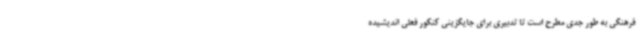
فرهنگی به طور جدی مطرح است تا تدبیری برای جایگزینی کنکور فعلی اندیشیده